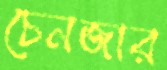
চেনজার